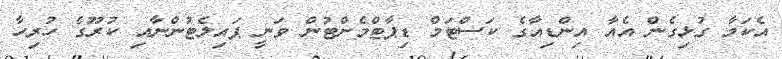
އެކަމާ ގުޅިގެން އެއާ އިންޑިއާގެ ކަސްޓަމް ޑިޕާޓްމެންޓުން ވަނީ ޕައިލެޓުންނާއި ކުރޫގެ ހުރިހާ